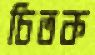
চিতক